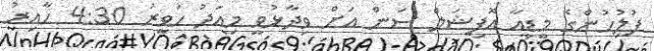
ފުލުހުންގެ މީޑިއާ އޮފިޝަލް ސަން އަށް ވިދާޅުވީ މިއަދު ހަވީރު 4:30 ހާއިރު